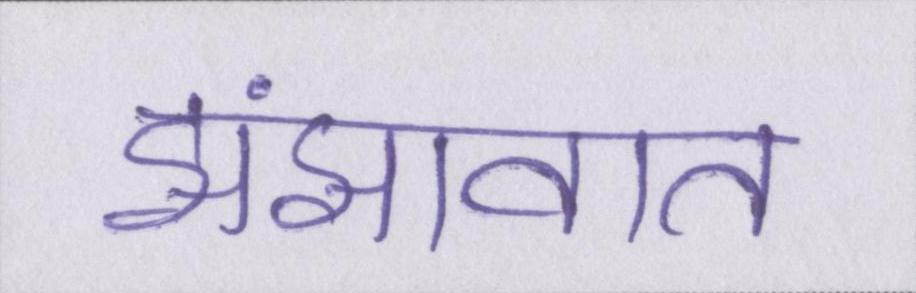
झंझावात